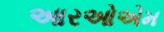
આરઓએમ